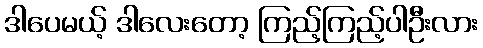
ဒါပေမယ့် ဒါလေးတော့ ကြည့်ကြည့်ပါဦးလား